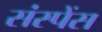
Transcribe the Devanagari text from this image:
संस्पेंस